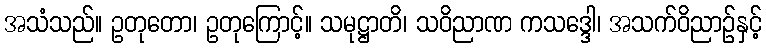
အသံသည်။ ဥတုတော၊ ဥတုကြောင့်။ သမုဋ္ဌာတိ၊ သဝိညာဏ ကသဒ္ဒေါ၊ အသက်ဝိညာဉ်နှင့်